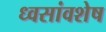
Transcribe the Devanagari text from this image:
ध्वसांवशेष